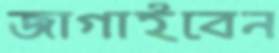
জাগাইবেন